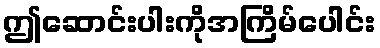
ဤဆောင်းပါးကိုအကြိမ်ပေါင်း